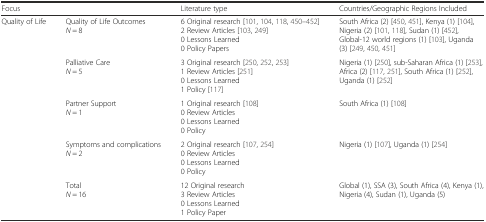
<table><thead><tr><td colspan="2"><b>Focus</b></td><td><b>Literature type</b></td><td><b>Countries/Geographic Regions Included</b></td></tr></thead><tbody><tr><td rowspan="5">Quality of Life</td><td>Quality of Life Outcomes<i>N</i> = 8</td><td>6 Original research [101, 104, 118, 450–452]2 Review Articles [103, 249]0 Lessons Learned0 Policy Papers</td><td>South Africa (2) [450, 451], Kenya (1) [104], Nigeria (2) [101, 118], Sudan (1) [452], Global-12 world regions (1) [103], Uganda (3) [249, 450, 451]</td></tr><tr><td>Palliative Care<i>N</i> = 5</td><td>3 Original research [250, 252, 253]1 Review Articles [251]0 Lessons Learned1 Policy [117]</td><td>Nigeria (1) [250], sub-Saharan Africa (1) [253], Africa (2) [117, 251], South Africa (1) [252], Uganda (1) [252]</td></tr><tr><td>Partner Support<i>N</i> = 1</td><td>1 Original research [108]0 Review Articles0 Lessons Learned0 Policy</td><td>South Africa (1) [108]</td></tr><tr><td>Symptoms and complications<i>N</i> = 2</td><td>2 Original research [107, 254]0 Review Articles0 Lessons Learned0 Policy</td><td>Nigeria (1) [107], Uganda (1) [254]</td></tr><tr><td>Total<i>N</i> = 16</td><td>12 Original research3 Review Articles0 Lessons Learned1 Policy Paper</td><td>Global (1), SSA (3), South Africa (4), Kenya (1), Nigeria (4), Sudan (1), Uganda (5)</td></tr></tbody></table>